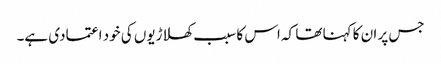
جس پر ان کا کہنا تھا کہ اس کا سبب کھلاڑیوں کی خود اعتمادی ہے۔